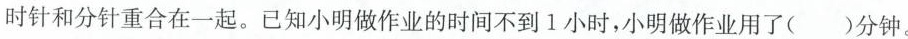
时针和分针重合在一起。已知小明做作业的时间不到1小时，小明做作业用了（ ）分钟。